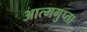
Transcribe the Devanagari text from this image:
आत्मगुप्ता